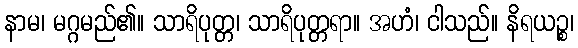
နာမ၊ မဂ္ဂမည်၏။ သာရိပုတ္တ၊ သာရိပုတ္တရာ။ အဟံ၊ ငါသည်။ နိရယဉ္စ၊